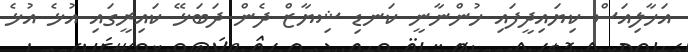
އަހާލިއަސް ކިޔައިދީފައި ހުންނާނީ ކަނޑި ޝިޔާޒް ދެން ދަބަޅޭ ކައިރީގައި އުޅެ އުޅެ